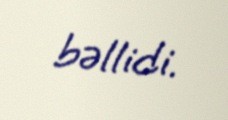
bəllidi.